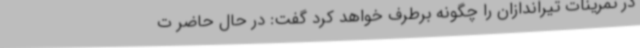
در تمرینات تیراندازان را چگونه برطرف خواهد کرد گفت: در حال حاضر ت